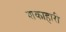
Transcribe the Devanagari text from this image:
शकाहारी